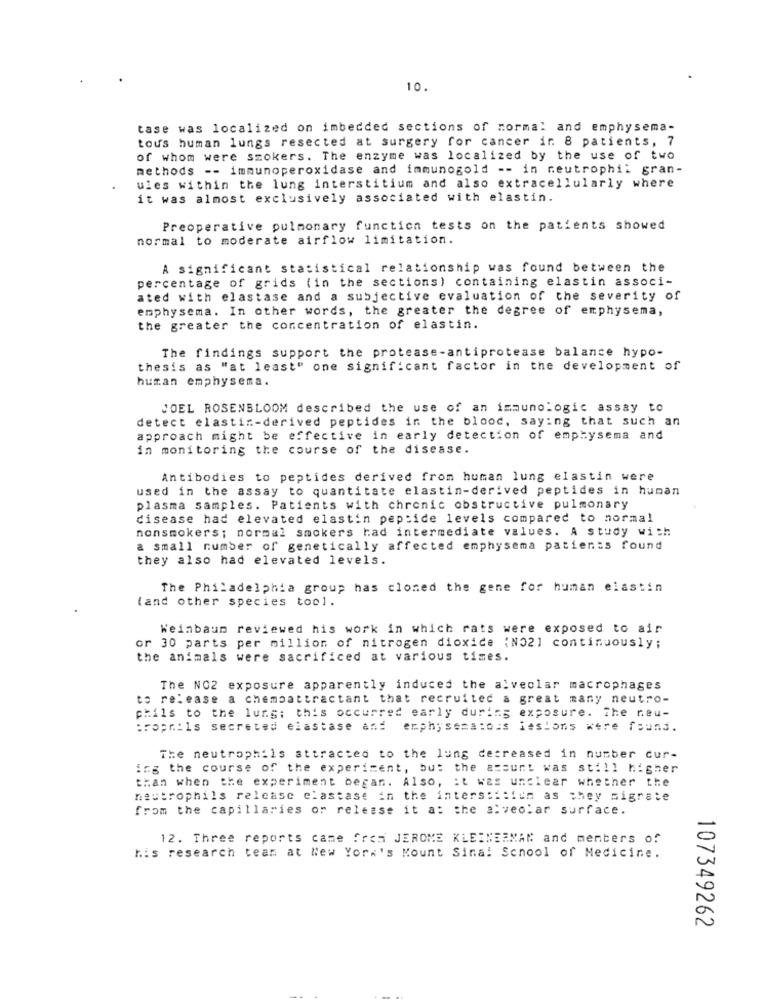
10.
tase was localized on imbedded sections of normal and emphysema-
tous human lungs resected at surgery for cancer ir 8 patients, 7
of whom were szokers. The enzyme was localized by the use of two
methods -- immunoperoxidase and immunogold -- in neutrophil gran-
ules within the lung interstitium and also extracellularly where
it was almost exclusively associated with elastin.
Preoperative pulmonary function tests on the patients showed
normal to moderate airflow limitation.
A significant statistical relationship was found between the
percentage of grids (in the sections) containing elastin associ-
ated with elastase and a subjective evaluation of the severity of
emphysema. In other words, the greater the degree of emphysema,
the greater the concentration of elastin.
The findings support the protease-antiprotease balance hypo-
thesis as "at least" one significant factor in the development of
human emphysema.
JOEL ROSENBLOOM described the use of an immunologic assay to
detect elastin-derived peptides in the blood, saying that such an
approach might be effective in early detection of emphysema and
in monitoring the course of the disease.
Antibodies to peptides derived from human lung elastin were
used in the assay to quantitate elastin-derived peptides in human
plasma samples. Patients with chronic obstructive pulmonary
disease had elevated elastin peptide levels compared to normal
nonsmokers; normal smokers had intermediate values. A study with
a small number of genetically affected emphysema patients found
they also had elevated levels.
The Philadelphia group has closed the gene for human elastin
(and other species tool.
Weinbaun reviewed his work in which rats were exposed to air
or 30 parts per million of nitrogen dioxide (NO2] continuously;
the animals were sacrificed at various times.
The NO2 exposure apparently induced the alveolar macrophages
to release a chemoattractant that recruited a great many neutro-
phils to the lung: this occurred early during exposure. The neu-
proprils secreted elastase and
emphysema:oss lesions were found.
The neutrophils attracted to the lung decreased in number cur-
ing the course of the experiment, but the acount was still higher
than when the experiment began. Also, : t was unclear whether the
neutrophils release elastase in the interstitiin as they migrate
from the capillaries or release it a: the alveolar surface.
12. Three reports came fres JEROME KLEINERMAN and menters of
his research team at New York's Mount Sinal School of Medicine.
107349262